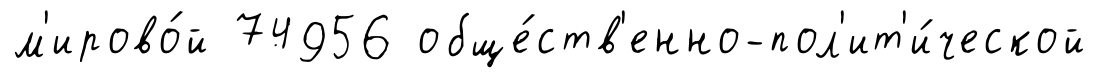
м'ирово́й 74956 обще́ств'енно-пол'ит'и́ческой